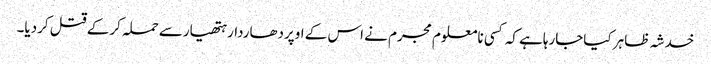
خدشہ ظاہر کیاجارہاہے کہ کسی نامعلوم مجرم نے اس کے اوپردھاردارہتھیارسے حملہ کرکے قتل کردیا۔